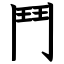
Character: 鬥